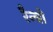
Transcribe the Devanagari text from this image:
रैन्बो